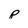
Character: p